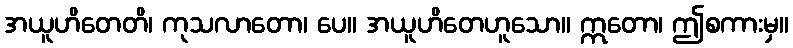
အယူဟိတေတိ၊ ကုသလာတော၊ ပေ။ အယူဟိတေဟူသော။ ဣတော၊ ဤစကားမှ။